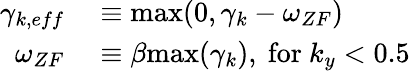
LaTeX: \begin{array}{rl}{\gamma_{k,eff}}&{{}\equiv\mathrm{max}(0,\gamma_{k}-\omega_{ZF})}\\ {\omega_{ZF}}&{{}\equiv\beta\mathrm{max}(\gamma_{k}),~\mathrm{for}~k_{y}<0.5}\end{array}